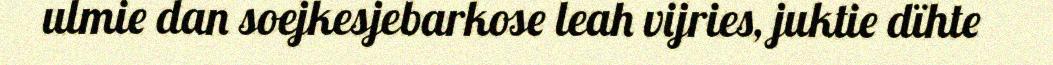
ulmie dan soejkesjebarkose leah vijries, juktie dïhte